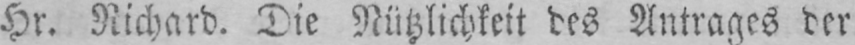
Hr. Richard. Die Nützlichkeit des Antrages der